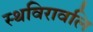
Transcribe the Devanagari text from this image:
स्थविरावलि